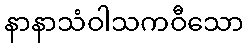
နာနာသံဝါသကဝီသော